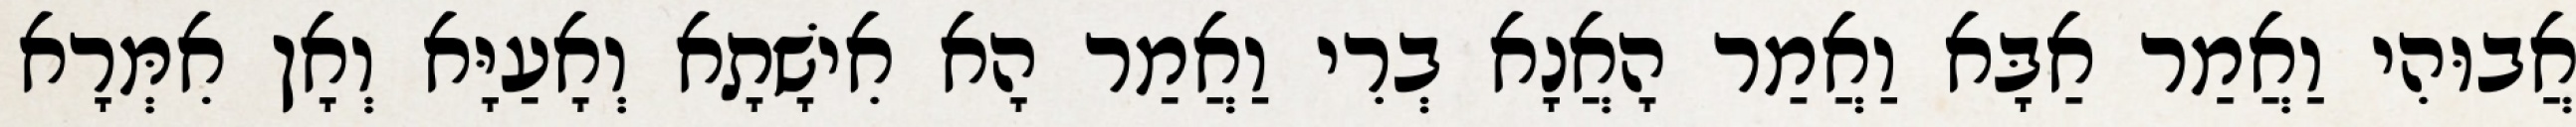
אֲבוּהִי וַאֲמַר אַבָּא וַאֲמַר הָאֲנָא בְרִי וַאֲמַר הָא אִישָׁתָא וְאָעַיָּא וְאָן אִמְּרָא